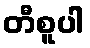
တီစူပါ